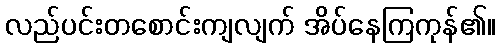
လည်ပင်းတစောင်းကျလျက် အိပ်နေကြကုန်၏။